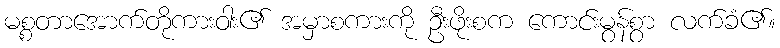
မစ္စတာအောက်တိုကားဝါး၏ အမှာစကားကို ဦးဖိုးစက ကောင်းမွန်စွာ လက်ခံ၏။